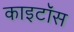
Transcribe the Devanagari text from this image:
काइटॉस